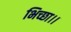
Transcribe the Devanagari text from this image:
भिच्‍छा।।